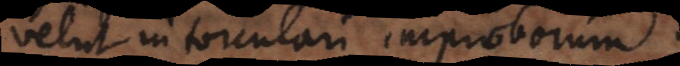
velut in torculari improborum